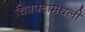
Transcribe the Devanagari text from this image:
चित्रपटांमधली